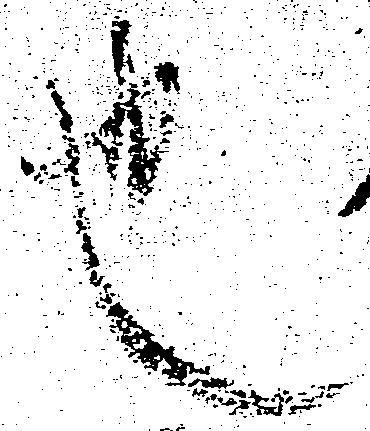
也